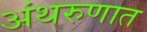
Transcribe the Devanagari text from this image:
अंथरुणात